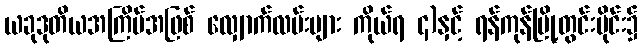
ယခုဒုတိယအကြိမ်အဖြစ် လျှောက်လမ်းများ ကိုယ်ရ ၄)နှင့် ရန်ကုန်မြို့တွင်းပိုင်း၌